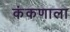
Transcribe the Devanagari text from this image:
कंकणाला